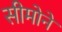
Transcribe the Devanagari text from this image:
सीमोने